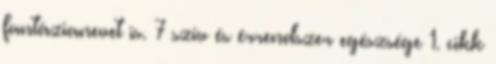
fantázianevet is. 7 szív és érrendszer egészsége 1. cikk